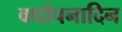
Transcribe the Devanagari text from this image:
वर्धापनादिन